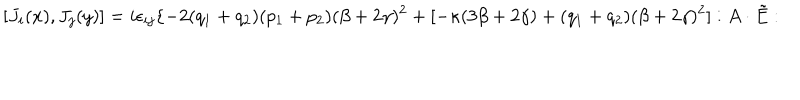
LaTeX: [ J _ { i } ( x ) , J _ { j } ( y ) ] = i \epsilon _ { i j } \{ - 2 ( q _ { 1 } + q _ { 2 } ) ( p _ { 1 } + p _ { 2 } ) ( \beta + 2 \gamma ) ^ { 2 } + [ - \kappa ( 3 \beta + 2 \gamma ) + ( q _ { 1 } + q _ { 2 } ) ( \beta + 2 \gamma ) ^ { 2 } ] : A \cdot \tilde { E } :